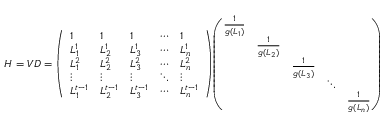
H = V D = { \left( \begin{array} { l l l l l } { 1 } & { 1 } & { 1 } & { \cdots } & { 1 } \\ { L _ { 1 } ^ { 1 } } & { L _ { 2 } ^ { 1 } } & { L _ { 3 } ^ { 1 } } & { \cdots } & { L _ { n } ^ { 1 } } \\ { L _ { 1 } ^ { 2 } } & { L _ { 2 } ^ { 2 } } & { L _ { 3 } ^ { 2 } } & { \cdots } & { L _ { n } ^ { 2 } } \\ { \vdots } & { \vdots } & { \vdots } & { \ddots } & { \vdots } \\ { L _ { 1 } ^ { t - 1 } } & { L _ { 2 } ^ { t - 1 } } & { L _ { 3 } ^ { t - 1 } } & { \cdots } & { L _ { n } ^ { t - 1 } } \end{array} \right) } { \left( \begin{array} { l l l l l } { { \frac { 1 } { g ( L _ { 1 } ) } } } & & & & \\ & { { \frac { 1 } { g ( L _ { 2 } ) } } } & & & \\ & & { { \frac { 1 } { g ( L _ { 3 } ) } } } & & \\ & & & { \ddots } & \\ & & & & { { \frac { 1 } { g ( L _ { n } ) } } } \end{array} \right) }